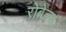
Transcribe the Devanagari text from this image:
रोबेल्स